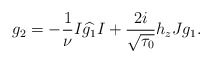
\begin{align*}g_2=-\frac{1}{\nu}I\widehat{g_1}I+\frac{2i}{\sqrt{\tau_0}}h_zJg_1.\end{align*}